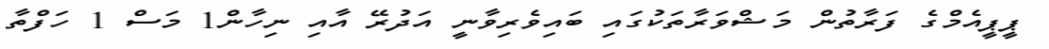
ޕީޕީއެމްގެ ފަރާތުން މަޝްވަރާތަކުގައި ބައިވެރިވާނީ އަދުރޭ އާއި ނިހާން1 މަސް 1 ހަފްތާ